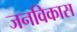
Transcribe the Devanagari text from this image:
जनविकास